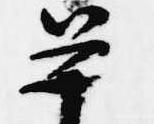
平